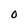
Character: O